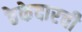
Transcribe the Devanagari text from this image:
ठेकेदारची